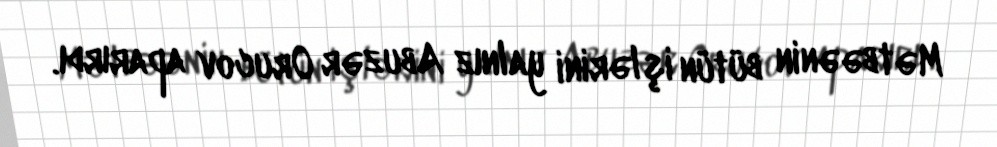
Mətbəənin bütün işlərini yalnız Abuzər Orucov aparırdı.